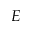
E